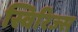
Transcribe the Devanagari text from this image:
स्विरिज्स